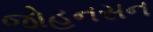
જોહનસન